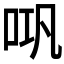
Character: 𱒗